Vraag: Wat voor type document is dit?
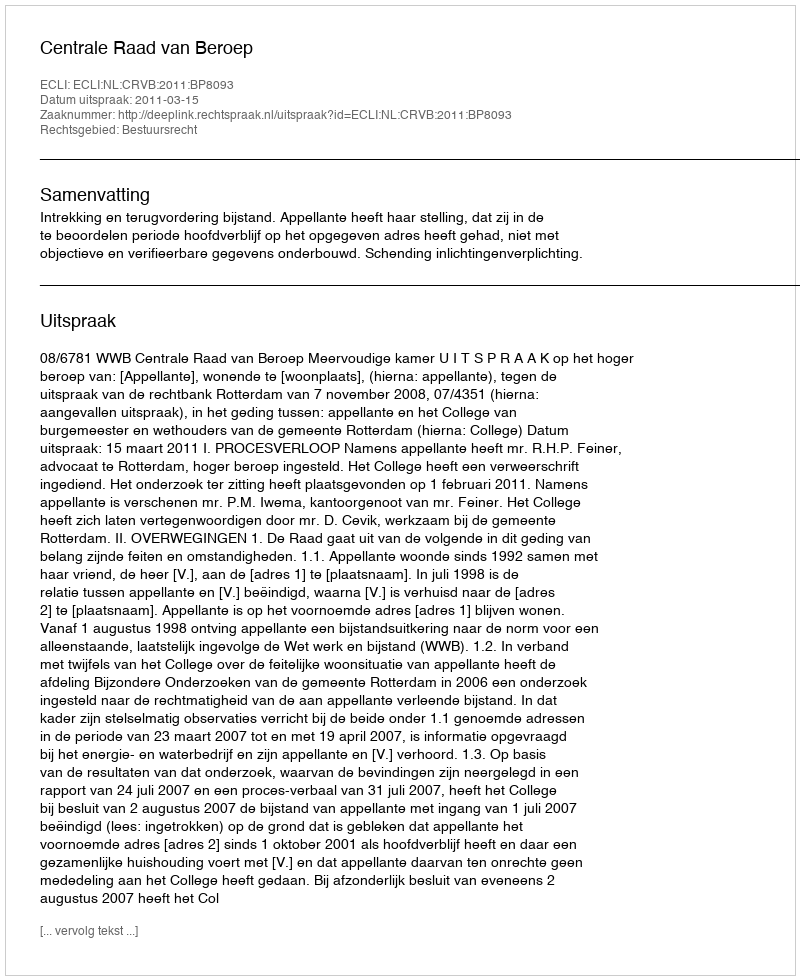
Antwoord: Uitspraak